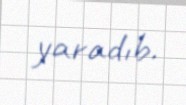
yaradıb.